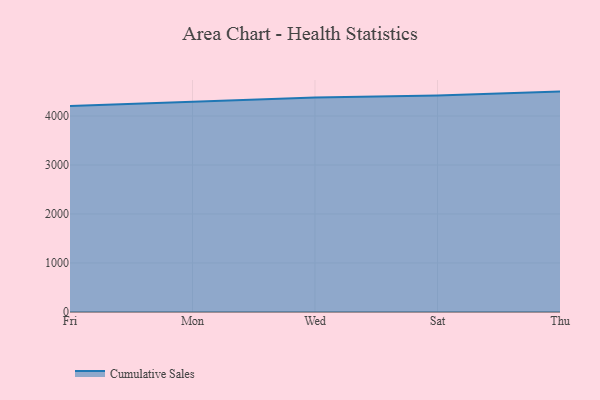
{"axis": {"x": "Day", "y": "Customer Acquisition Cost (USD)"}, "legend": ["Cumulative Sales"], "data": [{"x": "Fri", "y": 4205.2, "type": "Cumulative Sales"}, {"x": "Mon", "y": 4287.2, "type": "Cumulative Sales"}, {"x": "Wed", "y": 4376.6, "type": "Cumulative Sales"}, {"x": "Sat", "y": 4418.4, "type": "Cumulative Sales"}, {"x": "Thu", "y": 4498.6, "type": "Cumulative Sales"}]}